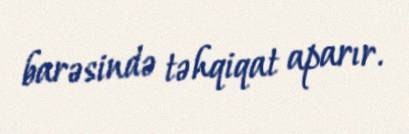
barəsində təhqiqat aparır.